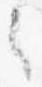
之